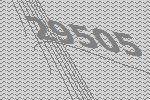
29505